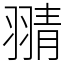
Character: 𦑊